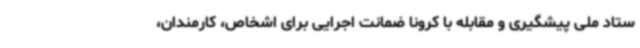
ستاد ملی پیشگیری و مقابله با کرونا ضمانت اجرایی برای اشخاص، کارمندان،